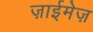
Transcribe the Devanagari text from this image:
ज़ाईमेज़